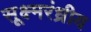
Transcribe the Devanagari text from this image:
सूक्ष्मरंध्रीय